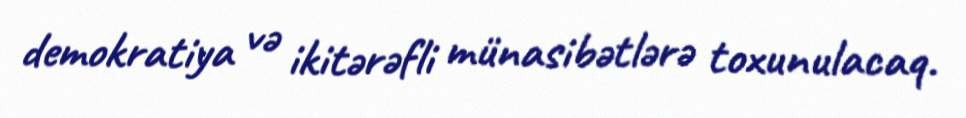
demokratiya və ikitərəfli münasibətlərə toxunulacaq.